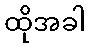
ထိုအခါ